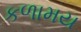
કળામય